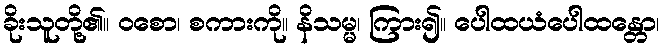
ခိုးသူတို့၏။ ဝစော၊ စကားကို။ နိသမ္မ၊ ကြား၍။ ပေါထယံပေါထန္တော၊